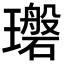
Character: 𪼪